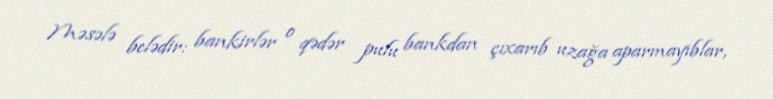
Məsələ belədir: bankirlər o qədər pulu bankdan çıxarıb uzağa aparmayıblar,